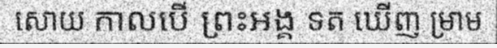
សោយ កាលបើ ព្រះអង្គ ទត ឃើញ ម្រាម